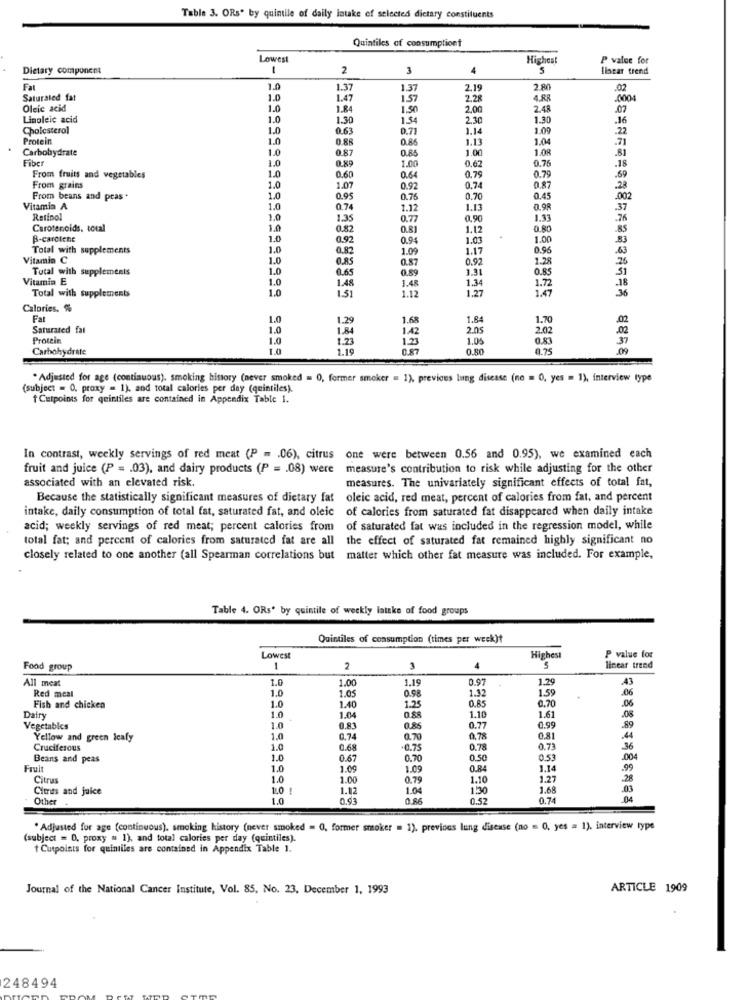
Table 3. ORs' by quintile of daily intake of selected dietary constituents
Quintiles of consumptiont
Lowest
Highest
P value for
Dietary component
-
2
3
5
Ilacar trend
Fa
1.0
1.37
1.37
2.19
2.80
02
Saturated fat
1.0
1.47
1.57
2.28
4.88
.0004
Oleic acid
1.0
1.84
1.50
2.00
2.48
.07
Linoleic acid
1.0
1.30
1.54
2.30
1.30
.16
Cholesterol
1.0
0.63
0.71
1.14
1.09
.22
Protein
1.0
0.88
1.13
1.04
.71
Carbohydrate
1.0
0.85
1.00
1.08
Fiber
1.0
0.87
0.67
0.76
.81
0.89
1.00
.18
From fruits and vegetables
1.0
0.60
0.64
0.79
0.79
.69
From grains
1.0
1.07
0.92
0.74
0.87
28
From beans and pras .
1.0
0.95
0.76
0.70
0.45
-002
Vitamin A
1.0
0.74
1.12
1.13
0.98
37
Retinol
1.0
1.35
0.77
0,90
1.13
.76
Carotenoids. total
1.0
0,82
0.81
1.12
.85
B-carcicne
1.0
0.92
0.94
1.03
1.00
33
Total with supplements
1.0
0.82
1.09
1.17
0.96
Vitamin C
1.0
OURS
0.87
0.92
1.28
20
63
Total with supplements
1.0
0.89
3.31
0.85
Vitamin E
1.0
0.65
Total with supplements
1.0
1.48
1.51
1.48
1.12
1.34
1.27
1.72
1.47
36
Calories, %
Fat
1.0
1.29
1.68
1.84
1.70
.02
Saturated fat
1.0
1.84
142
2.05
2.02
Protein
1.0
1.23
1.23
1.05
0.83
Carbohydrate
1.0
1.19
0.87
0.80
0.75
.09
. Adjusted for age (continuous). smoking history (never smoked = 0, former smoker = 1), previous lung disease (no = 0, yes = 1), interview type
(subject = 0. proxy = 1), and total calories per day (quintiles).
" Cutpoints for quintiles are contained in Appendix Table 1.
In contrast, weekly servings of red meat (P = . 06), citrus one were between 0.56 and 0.95), we examined each
fruit and juice (P = . 03), and dairy products (P = . 08) were
measure's contribution to risk while adjusting for the other
associated with an elevated risk.
measures. The univariately significant effects of total fat,
Because the statistically significant measures of dietary fat oleic acid, red meat, percent of calories from fat, and percent
intake, daily consumption of total fat, saturated fat, and oleic of calories from saturated fat disappeared when daily intake
acid; weekly servings of red meat; percent calories from of saturated fat was included in the regression model, while
total fat; and percent of calories from saturated fat are all the effect of saturated fat remained highly significant no
closely related to one another (all Spearman correlations but matter which other fat measure was included. For example,
Table 4. ORs' by quintile of weekly latake of food groups
Quintiles of consumption (times per week)?
Lowest
Highest
P value for
Food group
1
2
3
4
5
linear trend
All meat
1.0
1.00
1.19
0.97
1.29
.43
Red meat
1.0
0.98
1.32
1.59
1.05
0.85
0.70
.06
Fish and chicken
1.0
1.0
1.40
1.25
1.61
Dairy
1.04
1.10
.08
Vegetables
1.0
0.83
0.86
0.77
0.99
89
Yellow and green Icafy
1.0
0.74
0.70
0.78
0.81
.44
Cruciferous
1.0
0.68
-0.75
0.78
0.73
36
Beans and peas
1.0
0.67
0.70
0.50
0.53
.004
1.0
1.09
1.09
O.R4
1.14
.99
Citrus
1.0
1.00
0.79
1.10
1.27
.28
Cimits and juice
1.0 !
1.12
1.04
1:30
1.68
.03
Other
1.0
0.93
0.86
0.52
0.74
04
. Adjusted for age (continuous), smoking history (never smoked = 0, former smoker = 1), previous lung disease (no = 0, yes = 1). interview type
(subject = 0, proxy = 1), and total calories per day (quintiles).
Cutpoints for quintiles are contained in Appendix Table 1.
Journal of the National Cancer Institute, Vol. 85, No. 23. December 1, 1993
ARTICLE 1909
248494